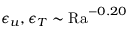
\epsilon _ { u } , \epsilon _ { T } \sim \mathrm { R a } ^ { - 0 . 2 0 }